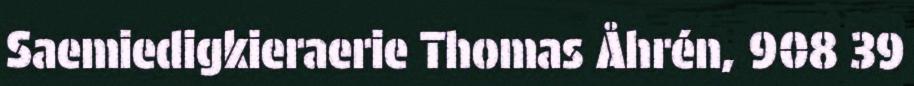
Saemiedigkieraerie Thomas Åhrén, 908 39